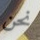
نحن